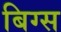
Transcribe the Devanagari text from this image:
बिग्स